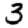
Digit: 3